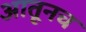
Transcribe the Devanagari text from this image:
आतूनच